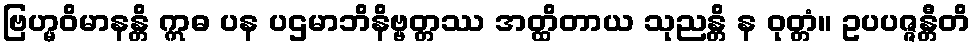
ဗြဟ္မဝိမာနန္တိ ဣဓ ပန ပဌမာဘိနိဗ္ဗတ္တဿ အတ္ထိတာယ သုညန္တိ န ဝုတ္တံ။ ဥပပဇ္ဇန္တီတိ